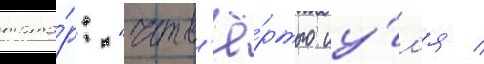
тата́р: "четв'ё́ртого иу́л'я /